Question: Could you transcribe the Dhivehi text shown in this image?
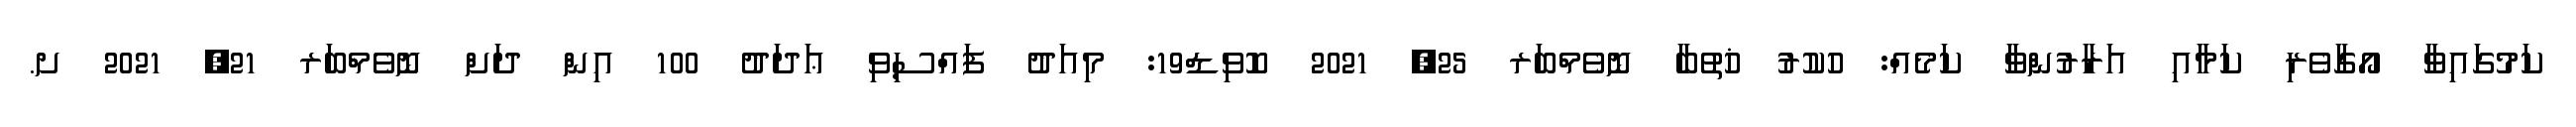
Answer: ކަމުގައިވާ އޯގާވެރި ކަމާއި އަރާރުންވާ ކަމެއް: ހުކުރު ޚުތުބާ ނޮވެމްބަރ 25, 2021 ކޮވިޑް19: މިއަދު ފައްސިވި ޢަދަދު 100 އިން ދަށް ނޮވެމްބަރ 21, 2021 ށ.